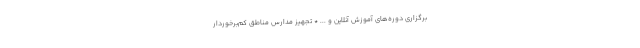
برگزاری دوره‌های آموزش آنلاین و ... * تجهیز مدارس مناطق کم‌برخوردار